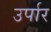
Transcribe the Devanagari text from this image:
उर्पार